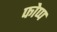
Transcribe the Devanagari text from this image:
फोप्प